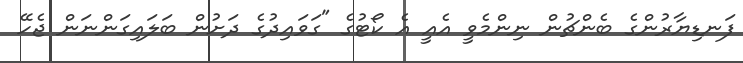
ފަނޑިޔާރުންގެ ބެންޗުން ނިންމެވީ އެއީ އެ ކޯޓުގެ "ގަވައިދުގެ ދަށުން ބަލައިގަންނަން ޖެހޭ